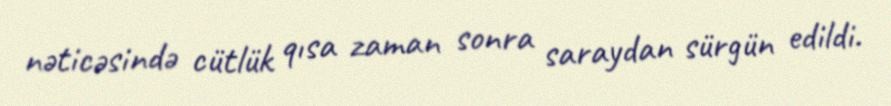
nəticəsində cütlük qısa zaman sonra saraydan sürgün edildi.